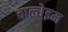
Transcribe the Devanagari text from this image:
वाल्धेइम